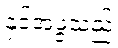
နှင့်အဖွဲ့သည်